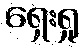
ရှေးရှု